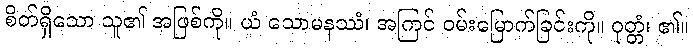
စိတ်ရှိသော သူ၏ အဖြစ်ကို။ ယံ သောမနဿံ၊ အကြင် ဝမ်းမြောက်ခြင်းကို။ ဝုတ္တံ၊ ၏။